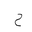
Letter: _ha